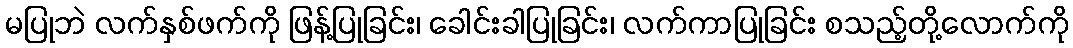
မပြုဘဲ လက်နှစ်ဖက်ကို ဖြန့်ပြုခြင်း၊ ခေါင်းခါပြုခြင်း၊ လက်ကာပြုခြင်း စသည့်တို့လောက်ကို